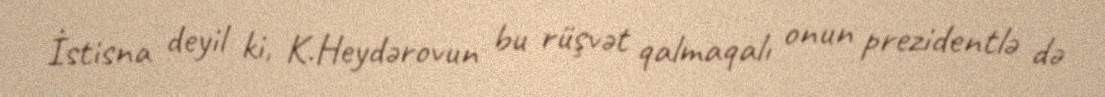
İstisna deyil ki, K.Heydərovun bu rüşvət qalmaqalı onun prezidentlə də